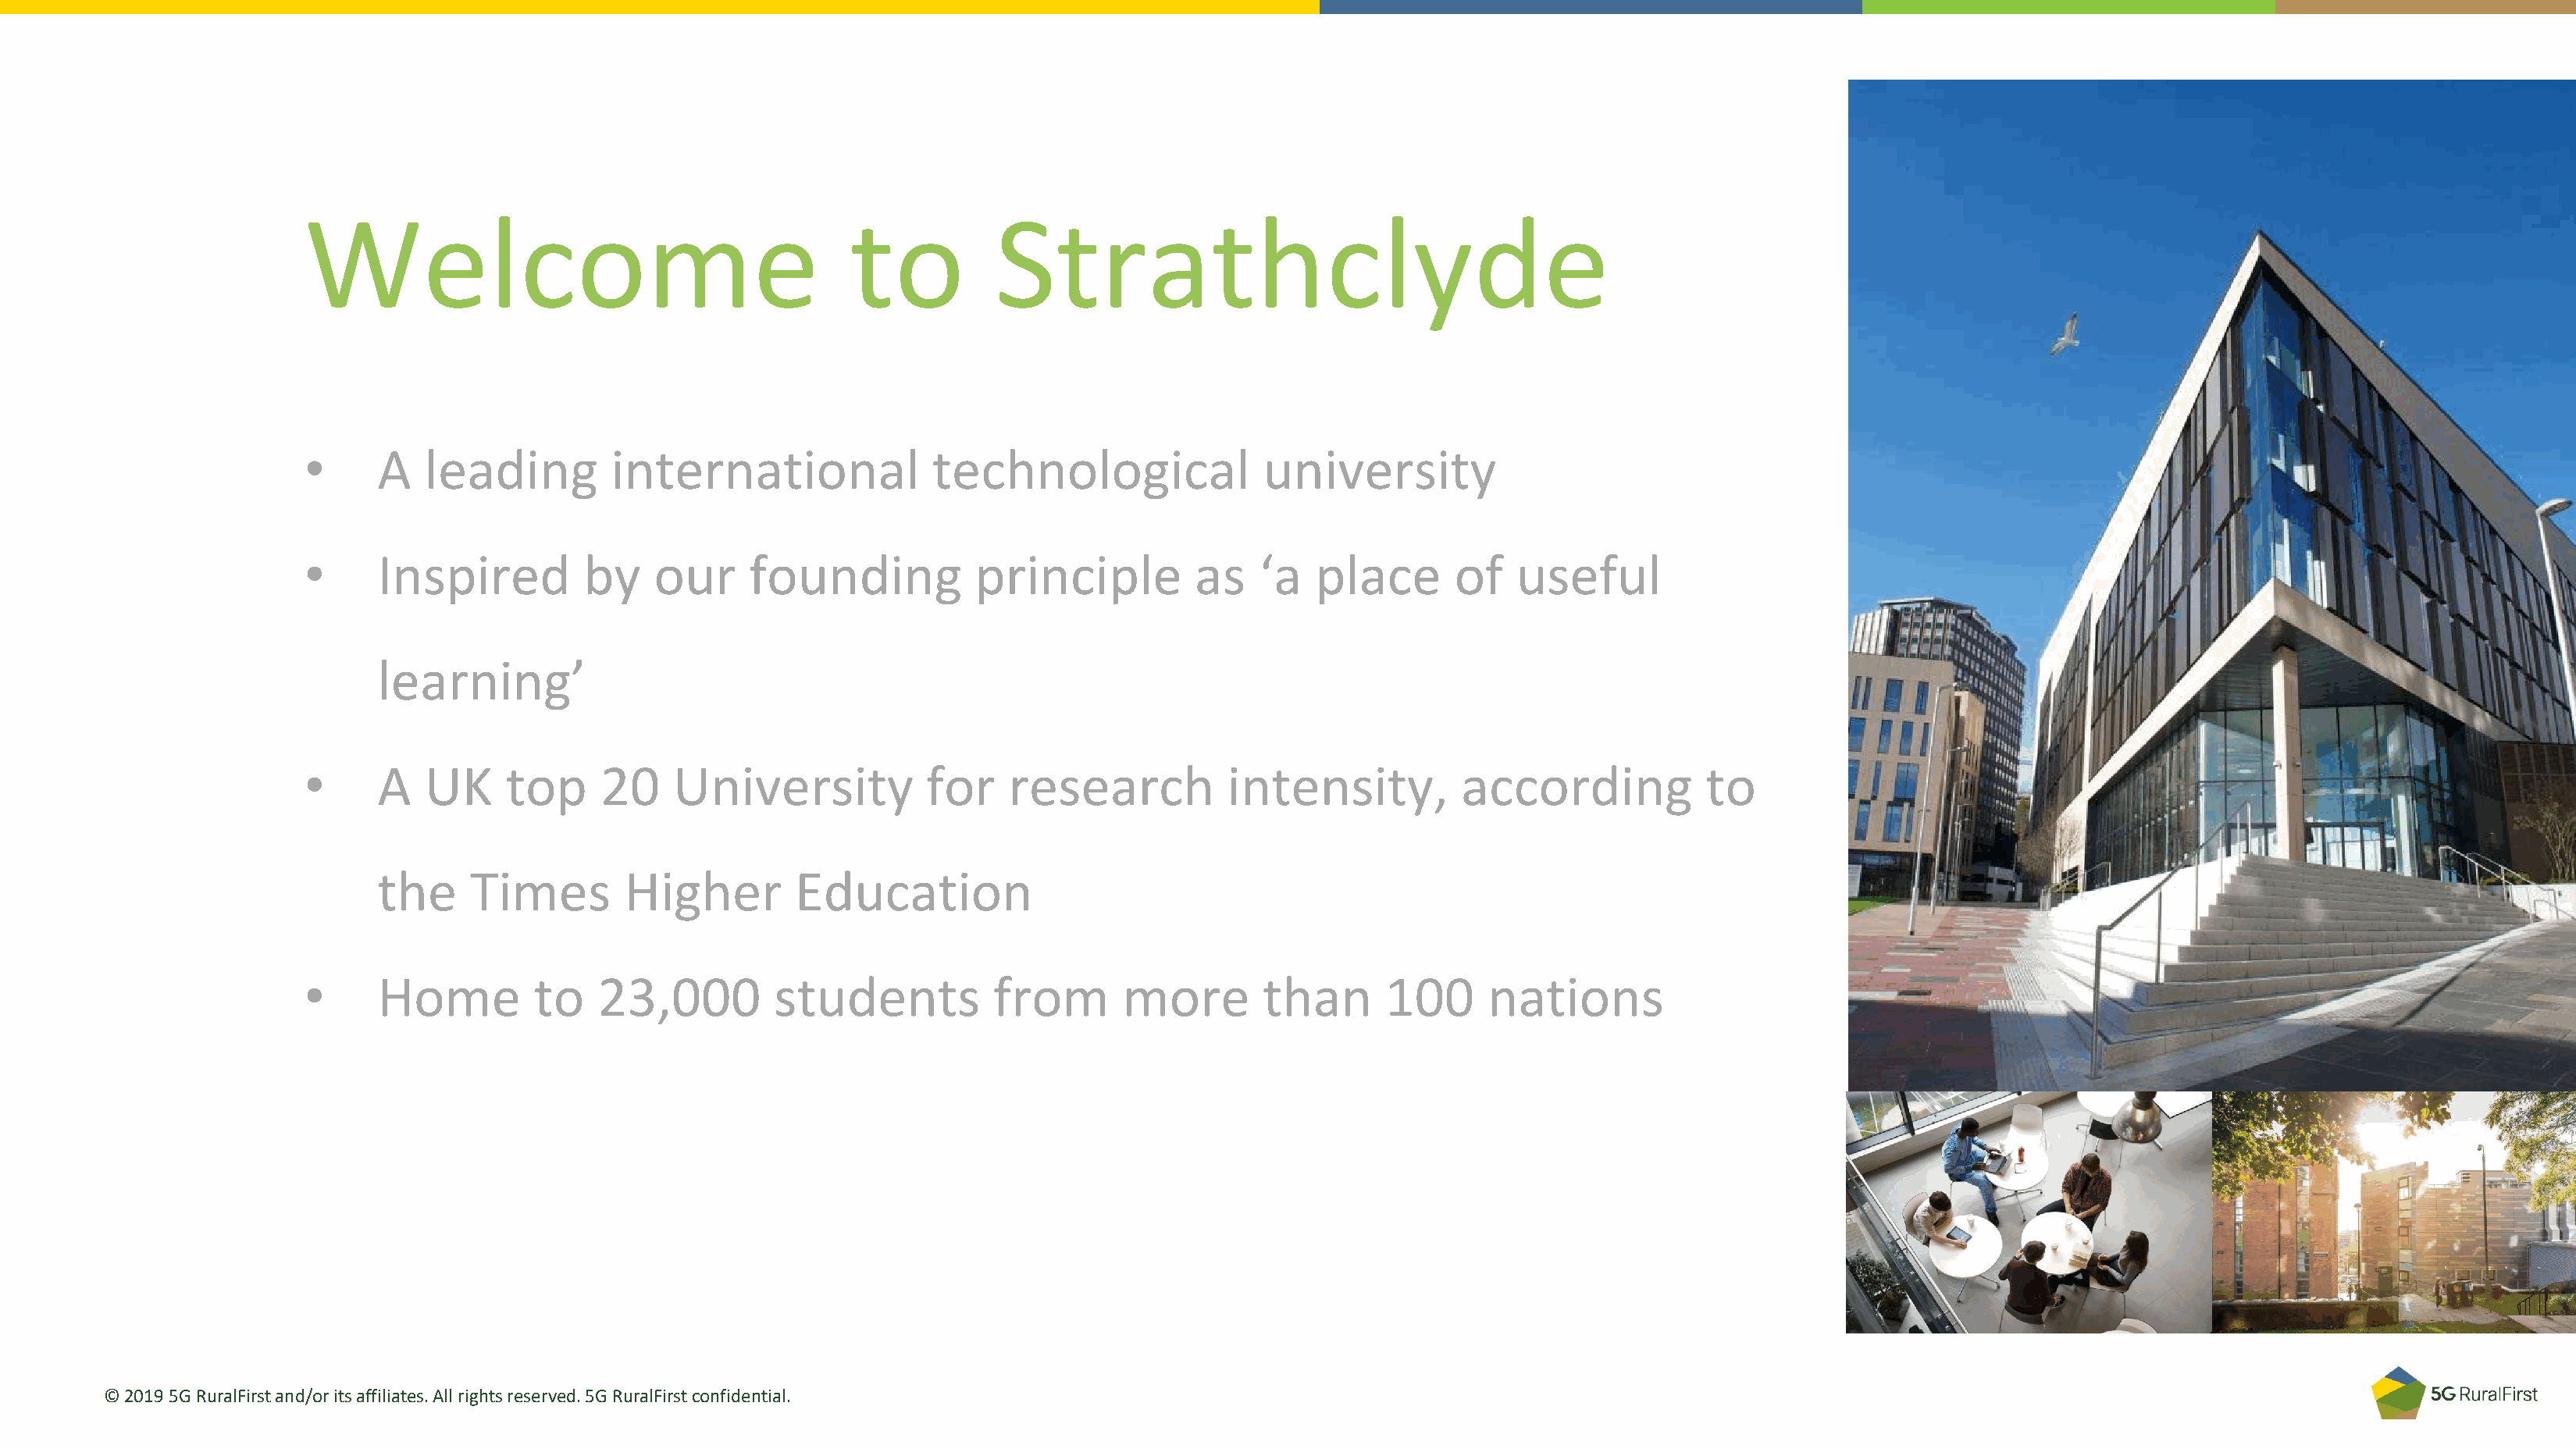
Welcome                                       to          Strathclyde
 •     A   leading         international              technological               university
 •     Inspired         by    our     founding            principle         as    ‘a  place       of    useful
 learning’
 •     A   UK     top     20    University            for   research           intensity,          according            to
 the     Times        Higher        Education
 •     Home         to    23,000         students          from       more        than      100      nations
 © 2019 5G RuralFirstand/or its affiliates. All rights reserved. 5G RuralFirstconfidential.